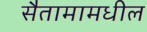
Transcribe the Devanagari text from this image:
सैतामामधील